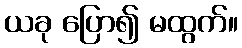
ယခု ပြော၍ မထွက်။